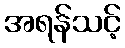
အရန်သင့်